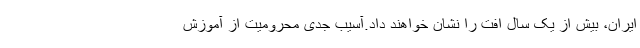
ایران، بیش از یک سال افت را نشان خواهند داد.آسیب جدی محرومیت از آموزش